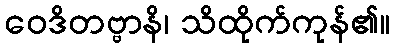
ဝေဒိတဗ္ဗာနိ၊ သိထိုက်ကုန်၏။